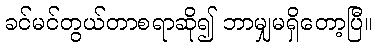
ခင်မင်တွယ်တာစရာဆို၍ ဘာမျှမရှိတော့ပြီ။